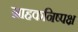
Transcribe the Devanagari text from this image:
ग्राहकनिष्पक्ष